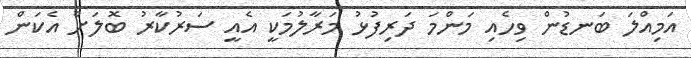
އަމިއްލަ ބަނޑުން ވިހެއި މަންމަ ދަރިފުޅު މަރާލުމަކީ އެއީ ސަރުކާރު ބޮލަށް އެކަން